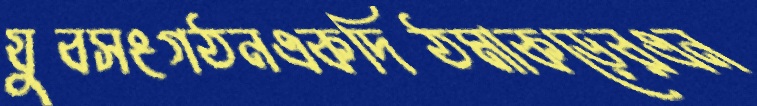
যুবসংগঠনএকদিঠমাকড়েরএন